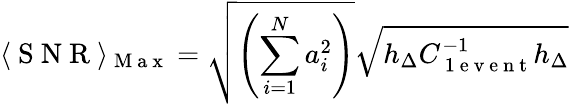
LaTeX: \langle\mathrm{~S~N~R~}\rangle_{\mathrm{~M~a~x~}}=\sqrt{\left(\sum_{i=1}^{N}a_{i}^{2}\right)}\sqrt{h_{\Delta}C_{\mathrm{~1~e~v~e~n~t~}}^{-1}h_{\Delta}}